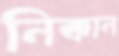
নিক্কান